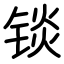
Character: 锬